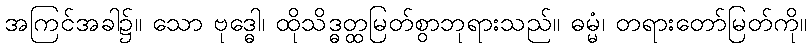
အကြင်အခါ၌။ သော ဗုဒ္ဓေါ၊ ထိုသိဒ္ဓတ္ထမြတ်စွာဘုရားသည်။ ဓမ္မံ၊ တရားတော်မြတ်ကို။